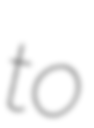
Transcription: to